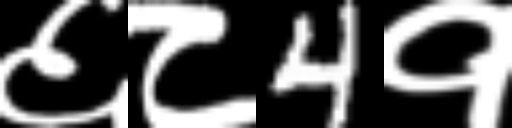
Text: ६८4१